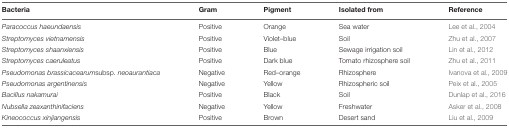
<table><thead><tr><td><b>Bacteria</b></td><td><b>Gram</b></td><td><b>Pigment</b></td><td><b>Isolated from</b></td><td><b>Reference</b></td></tr></thead><tbody><tr><td><i>Paracoccus haeundaensis</i></td><td>Positive</td><td>Orange</td><td>Sea water</td><td>Lee et al., 2004</td></tr><tr><td><i>Streptomyces vietnamensis</i></td><td>Positive</td><td>Violet–blue</td><td>Soil</td><td>Zhu et al., 2007</td></tr><tr><td><i>Streptomyces shaanxiensis</i></td><td>Positive</td><td>Blue</td><td>Sewage irrigation soil</td><td>Lin et al., 2012</td></tr><tr><td><i>Streptomyces caeruleatus</i></td><td>Positive</td><td>Dark blue</td><td>Tomato rhizosphere soil</td><td>Zhu et al., 2011</td></tr><tr><td><i>Pseudomonas brassicacearum</i> subsp. <i>neoaurantiaca</i></td><td>Negative</td><td>Red–orange</td><td>Rhizosphere</td><td>Ivanova et al., 2009</td></tr><tr><td><i>Pseudomonas argentinensis</i></td><td>Negative</td><td>Yellow</td><td>Rhizospheric soil</td><td>Peix et al., 2005</td></tr><tr><td><i>Bacillus nakamurai</i></td><td>Positive</td><td>Black</td><td>Soil</td><td>Dunlap et al., 2016</td></tr><tr><td><i>Nubsella zeaxanthinifaciens</i></td><td>Negative</td><td>Yellow</td><td>Freshwater</td><td>Asker et al., 2008</td></tr><tr><td><i>Kineococcus xinjiangensis</i></td><td>Positive</td><td>Brown</td><td>Desert sand</td><td>Liu et al., 2009</td></tr></tbody></table>